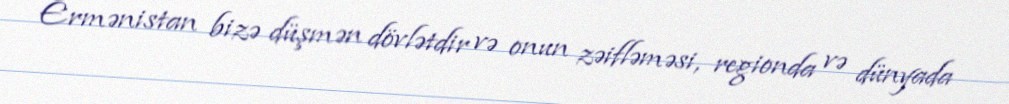
Ermənistan bizə düşmən dövlətdir və onun zəifləməsi, regionda və dünyada